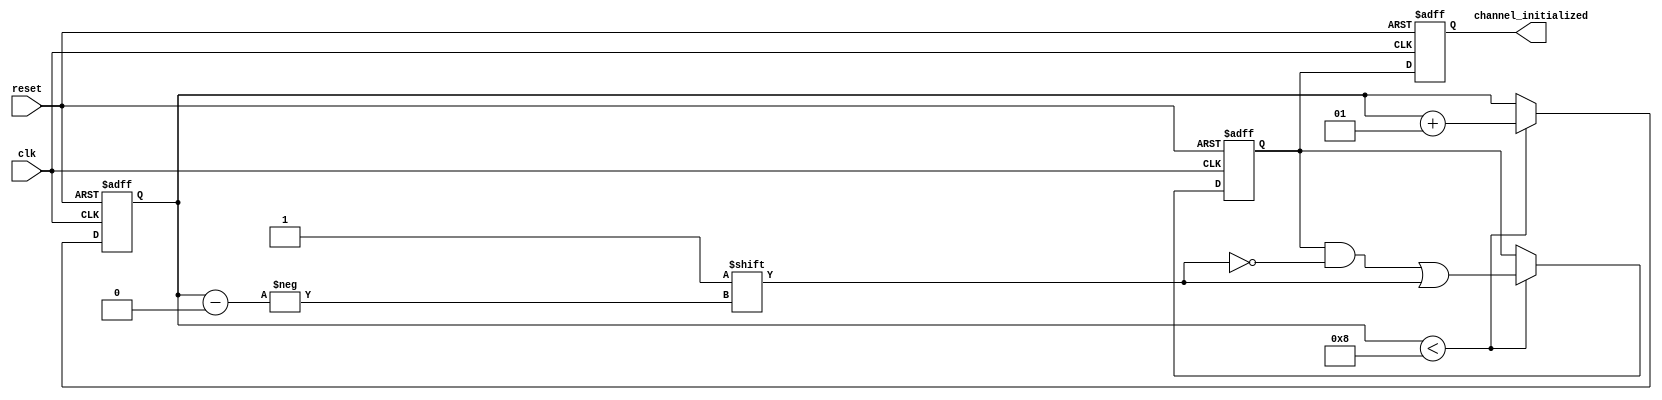
module multi_channel_initialization #(
    parameter CHANNEL_COUNT = 8 // Default channel count, can be overridden
) (
    input wire reset,
    input wire clk,
    output reg [CHANNEL_COUNT-1:0] channel_initialized
);

    reg [CHANNEL_COUNT-1:0] initialized; // Flags to indicate initialization status for each channel
    integer count; // Counter to track the number of initialized channels

    // Initialization process
    always @(posedge clk or posedge reset) begin
        if (reset) begin
            // Reset all channels during initialization
            initialized <= {CHANNEL_COUNT{1'b0}}; // Set all to 0
            count <= 0; // Reset count
            channel_initialized <= {CHANNEL_COUNT{1'b0}}; // Reset output
        end else begin
            if (count < CHANNEL_COUNT) begin
                // Initialize the next channel if count is less than channel_count
                initialized[count] <= 1'b1; // Mark the current channel as initialized
                count <= count + 1; // Increment the count
            end
            // Update output based on initialized status
            channel_initialized <= initialized;
        end
    end

endmodule